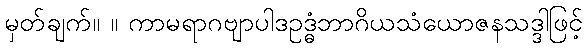
မှတ်ချက်။ ။ ကာမရာဂဗျာပါဒဥဒ္ဓံဘာဂိယသံယောဇနသဒ္ဒါဖြင့်